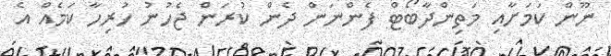
ނޫން ކަމަށާއި މަތިންދާބޯޓް ފެންނަން ދެން ކުރަން ޖެހުނު ހުރިހާ ކަމެއް އެ